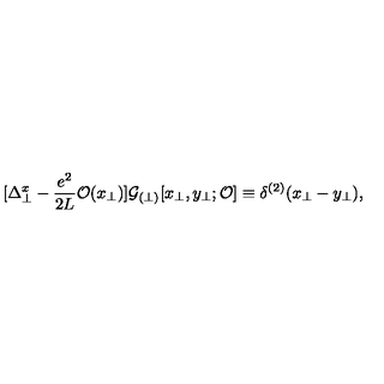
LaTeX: [ \Delta _ { \perp } ^ { x } - \frac { e ^ { 2 } } { 2 L } { \cal O } ( x _ { \perp } ) ] { \cal G } _ { ( \perp ) } [ x _ { \perp } , y _ { \perp } ; { \cal O } ] \equiv \delta ^ { ( 2 ) } ( x _ { \perp } - y _ { \perp } ) ,